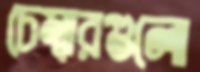
চেম্বারগুলো